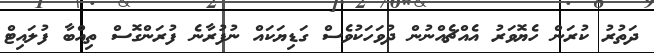
ދަތުރު ކުރަން ހެޔޮވަރު އެއްޗެއްނުން ދުވަހަކުވެސް ގަޑިޔަކައް ނުފުރާނެ ފުރަންގޮސް ތިއްބާ ފުލައިޓް